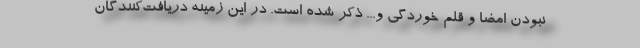
نبودن امضا و قلم خوردگی و... ذکر شده است. در این زمینه دریافت‌کنندگان